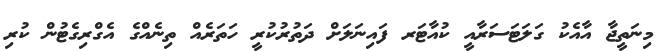
މިނަތީޖާ އާއެކު ގަލަޓަސަރާއީ ކުއާޓަރ ފައިނަލަށް ދަތުރުކުރީ ހަތަރެއް ތިނެއްގެ އެގްރިގެޓުން ކުރި